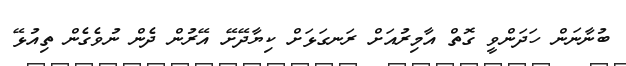
ބުނާނަން ހަދަންވީ ގޮތް އާމިރުއަށް ރަނގަޅަށް ކިޔާދޭށޭ އޭރުން ދެން ނުވެގެން ތިއުޅޭ